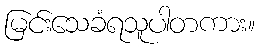
မြင်းသေခံရသူပါတကား။